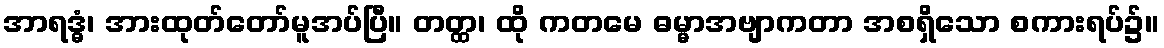
အာရဒ္ဓံ၊ အားထုတ်တော်မူအပ်ပြီ။ တတ္ထ၊ ထို ကတမေ ဓမ္မာအဗျာကတာ အစရှိသော စကားရပ်၌။